Lunatic asylums Central Provinces reports 1886-1894 - 1886-1894
Year: 1886
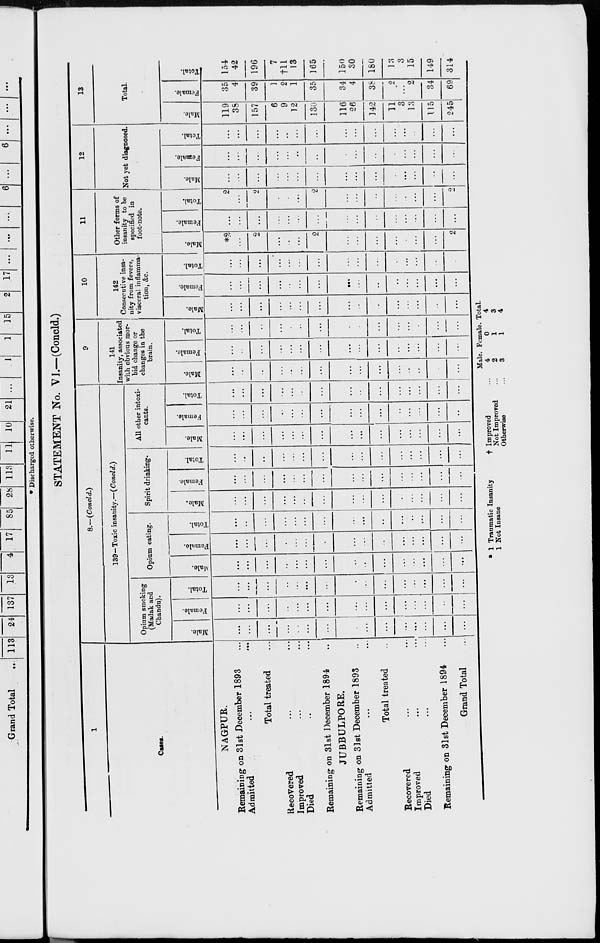
STATEMENT No. VI.—(Concld.)
1
Cases.
NAGPUR.
Remaining on 31st December 1893 ...
Admitted ... ...
Total treated ...
Recovered ... ...
Improved ... ...
Died ... ...
Remaining on 31st December 1894 ...
JUBBULPORE.
Remaining on 31st December 1893 ...
Admitted ... ...
Total treated ... ...
Recovered ... ...
Improved ... ...
Died ... ...
Remaining on 31st December 1894 ...
Grand Total ...
8.—(Concld.)
139—Toxic insanity.—(Concld.)
Opium smoking
(Madak and
Chandu).
Male.
...
...
...
...
...
...
...
...
...
...
...
...
...
...
...
Female.
...
...
...
...
...
...
...
...
...
...
...
...
...
...
...
Total.
...
...
...
...
...
...
...
...
...
...
...
...
...
...
...
Opium eating.
Male.
...
...
...
...
...
...
...
...
...
...
...
...
...
...
...
Female.
...
...
...
...
...
...
...
...
...
...
...
...
...
...
...
Total.
...
...
...
...
...
...
...
...
...
...
...
...
...
...
...
Spirit drinking.
Male.
...
...
...
...
...
...
...
...
...
...
...
...
...
...
...
Female.
...
...
...
...
...
...
...
...
...
...
...
...
...
...
...
Total.
...
...
...
...
...
...
...
...
...
...
...
...
...
...
...
All other intoxi-
cants.
Male.
...
...
...
...
...
...
...
...
...
...
...
...
...
...
...
Female.
...
...
...
..
...
...
...
...
...
...
...
...
...
...
...
Total.
...
...
...
...
...
...
...
...
...
...
...
...
...
...
...
9
141
Insanity, associated
with obvious mor-
bid change or
changes in the
brain.
Male.
...
...
...
...
...
...
...
...
...
...
...
...
...
...
...
Female.
...
...
...
...
...
...
...
...
...
...
...
...
...
...
...
Total.
...
...
...
...
...
...
...
...
...
...
...
...
...
...
...
10
142
Consecutive insa-
nity from fevers,
visceral inflamma-
tion, &c.
Male.
...
...
...
...
...
...
...
...
...
...
...
...
...
...
...
Female.
...
...
...
...
...
...
...
...
...
...
...
...
...
...
...
Total.
...
...
...
...
...
...
...
...
...
...
...
...
...
...
...
11
Other forms of
insanity to be
specified in
foot-note.
Male.
*2
...
2
...
...
...
2
...
...
...
...
...
...
...
2
Female.
...
...
...
...
...
...
...
...
...
...
...
...
...
...
...
Total.
2
...
2
...
...
...
2
...
...
...
...
...
...
...
2
12
Not yet diagnosed.
Male.
...
...
...
...
...
...
...
...
...
...
...
...
...
...
...
Female.
...
...
...
...
...
...
...
...
...
...
...
...
...
...
...
Total.
...
...
...
...
...
...
...
...
...
...
...
...
...
...
...
13
Total.
Male.
119
38
157
6
9
12
130
116
26
142
11
3
13
115
245
Female.
35
4
39
1
2
1
35
34
4
38
2
...
2
34
69
Total.
154
42
196
7
†11
13
165
150
30
180
13
3
15
149
314
* 1 Traumatic Insanity
1 Not Insane
† Improved ...
Not Improved ...
Otherwise ...
Male.
4
2
3
Female.
0
1
1
Total.
4
3
4